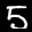
Label: 5